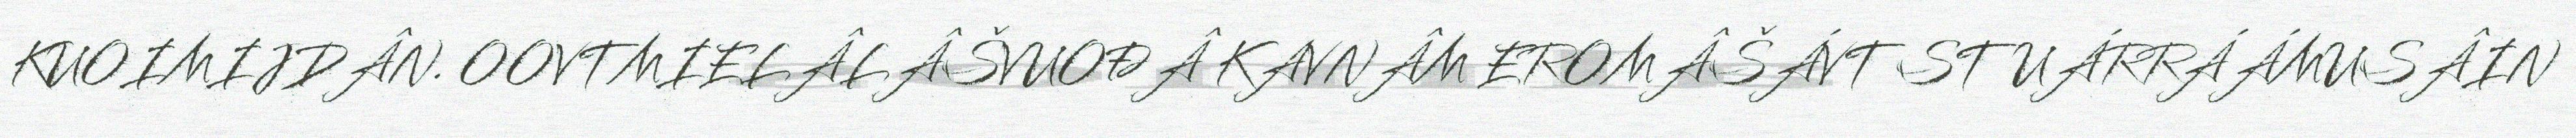
KUOIMIJDÂN. OOVTMIELÂLÂŠVUOĐÂ KAVNÂM EROMÂŠÁVT STUÁRRÁÁMUSÂIN